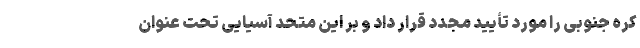
کره جنوبی را مورد تأیید مجدد قرار داد و بر این متحد آسیایی تحت عنوان